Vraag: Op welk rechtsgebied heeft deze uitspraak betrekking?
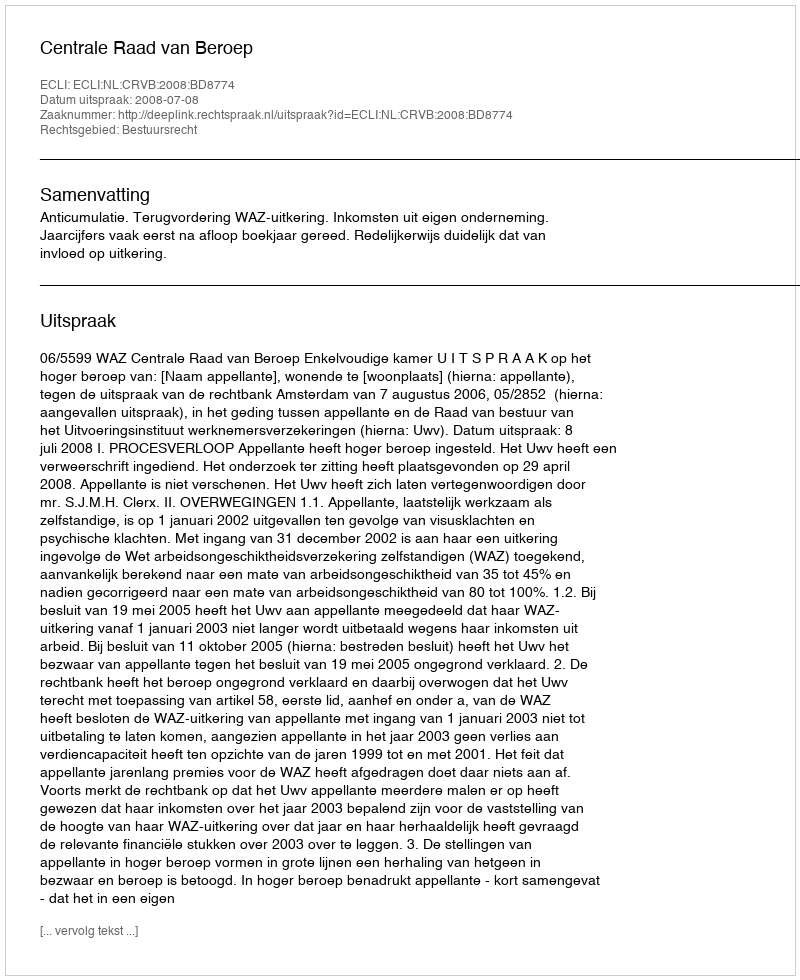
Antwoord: Bestuursrecht